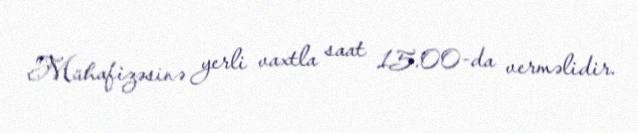
Mühafizəsinə yerli vaxtla saat 15.00-da verməlidir.